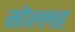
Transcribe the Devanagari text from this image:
सोल्लह